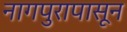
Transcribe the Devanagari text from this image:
नागपुरापासून